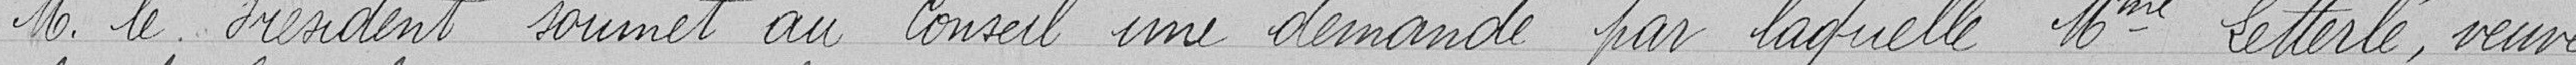
Monsieur le Président soumet au Conseil une demande par laquelle Madame Letterlé, veuve